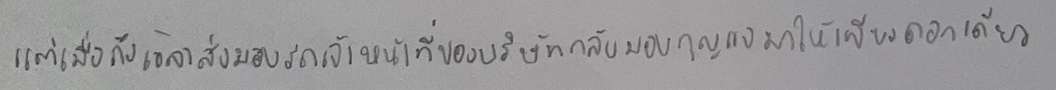
แต่เมื่อถึงเวลาส่งมอบรถเจ้าหน้าที่ของบริษัทกลับมอบกุญแจมาให้เพียงดอกเดียว